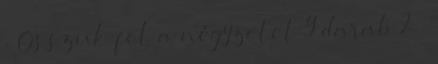
. Osszuk fel a négyzetet 9 darab 2 х